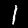
Digit: 1